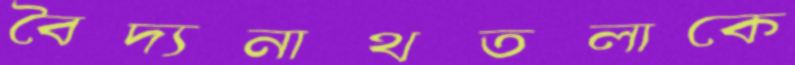
বৈদ্যনাথতলাকে